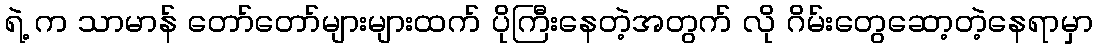
ရဲ့ က သာမာန် တော်တော်များများထက် ပိုကြီးနေတဲ့အတွက် လို ဂိမ်းတွေဆော့တဲ့နေရာမှာ